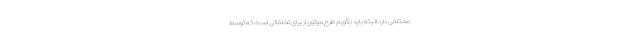
مختلفی دارد البته باید بگویم طرح موتوریار برای تخلفاتی است که توسط